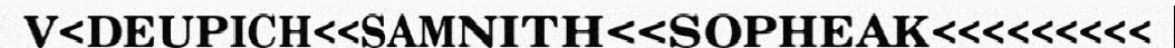
V<DEUPICH<<SAMNITH<<SOPHEAK<<<<<<<<<